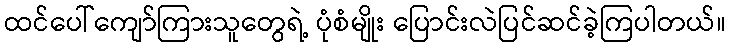
ထင်ပေါ်ကျော်ကြားသူတွေရဲ့ ပုံစံမျိုး ပြောင်းလဲပြင်ဆင်ခဲ့ကြပါတယ်။